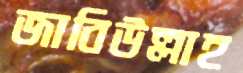
জাবিউল্লাহ